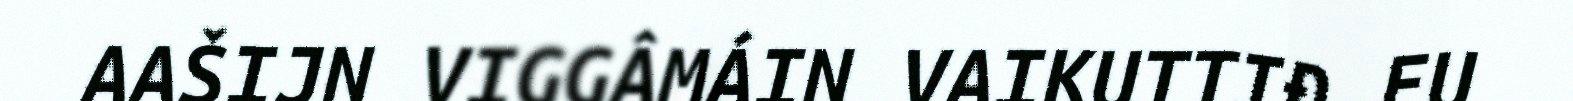
AAŠIJN VIGGÂMÁIN VAIKUTTIĐ EU